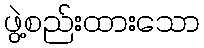
ဖွဲ့စည်းထားသော